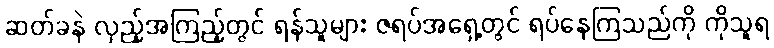
ဆတ်ခနဲ လှည့်အကြည့်တွင် ရန်သူများ ဇရပ်အရှေ့တွင် ရပ်နေကြသည်ကို ကိုသူရ